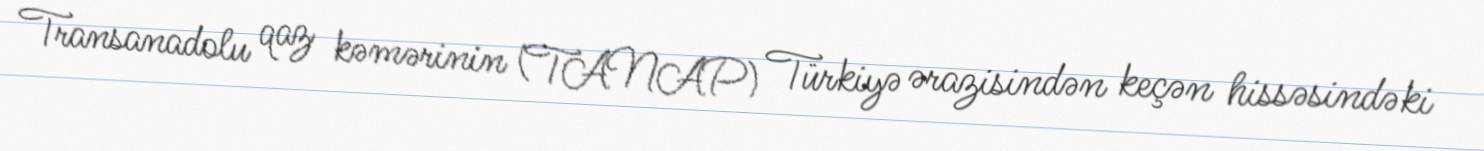
Transanadolu qaz kəmərinin (TANAP) Türkiyə ərazisindən keçən hissəsindəki